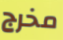
مخرج